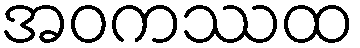
အဝကဿထ